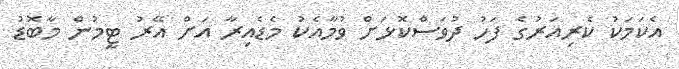
އެކަމަކު ކެރިއަރުގެ ފަހު ދުވަސްކޮޅަށް ވުމާއެކު މެޑެއިރާ އަށް އޭރު ޓީމުން މާބޮޑު